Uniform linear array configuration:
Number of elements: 32
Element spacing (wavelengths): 0.5
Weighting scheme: cosine
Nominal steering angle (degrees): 45
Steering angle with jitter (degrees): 45.524
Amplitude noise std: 0.05
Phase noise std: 0.05

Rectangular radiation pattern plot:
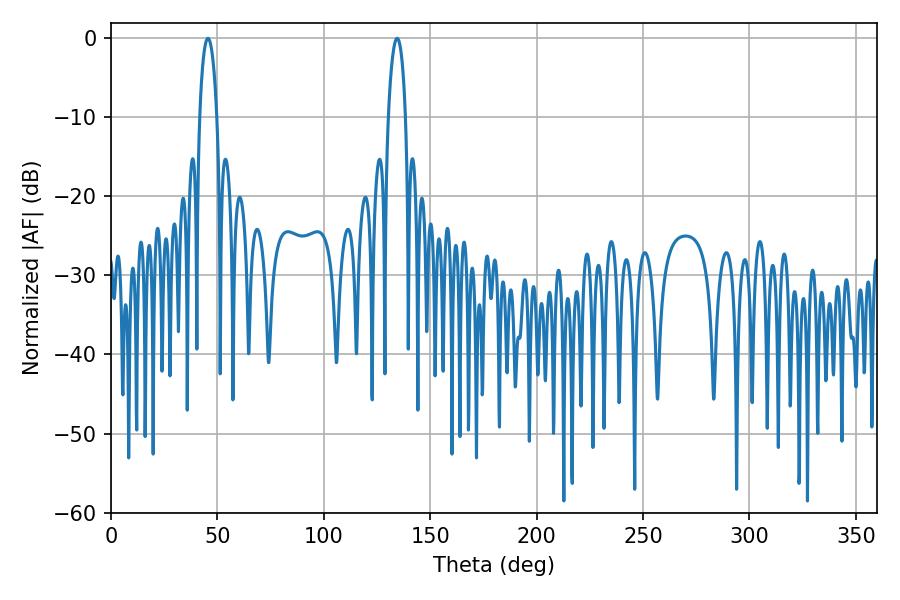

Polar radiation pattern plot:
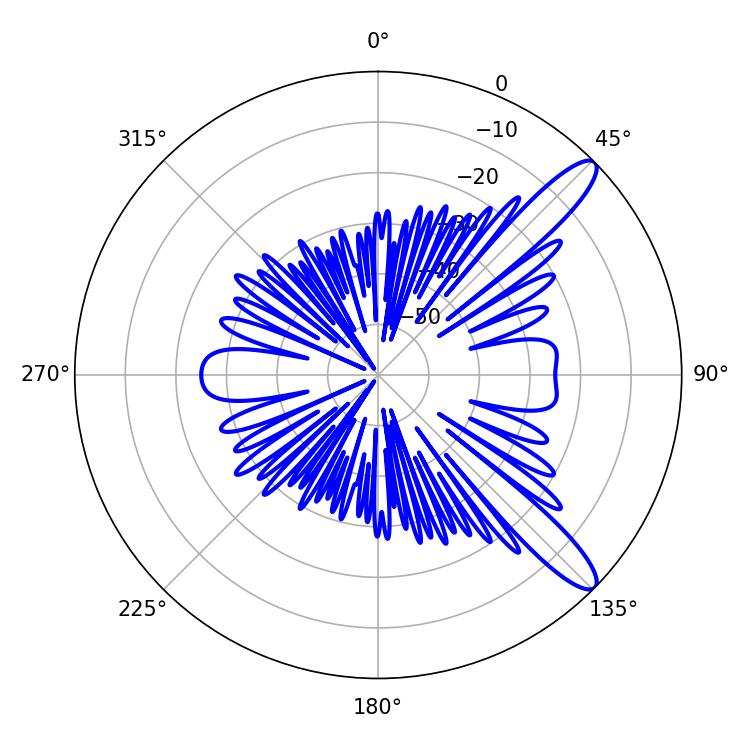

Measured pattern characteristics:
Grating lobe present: FALSE
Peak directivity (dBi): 11.958
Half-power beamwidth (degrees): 4.5
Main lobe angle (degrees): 45.54